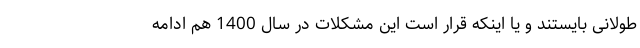
طولانی بایستند و یا اینکه قرار است این مشکلات در سال 1400 هم ادامه